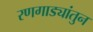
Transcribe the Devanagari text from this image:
रणगाड्यांतुन